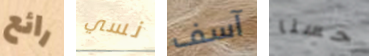
رائع نسي آسف حسنا